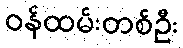
ဝန်ထမ်းတစ်ဦး